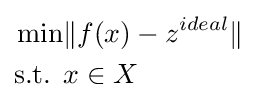
{\begin{aligned}\min &\|f(x)-z^{ideal}\|\\{\text{s.t. }}&x\in X\end{aligned}}